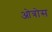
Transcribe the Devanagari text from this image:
ओत्रोस